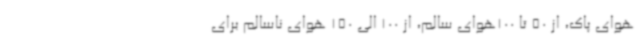
هوای پاک، از 50 تا 100هوای سالم، از 100 الی 150 هوای ناسالم برای